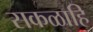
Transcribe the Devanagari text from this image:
सकळाहि